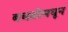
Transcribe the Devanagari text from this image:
बचतीमधून